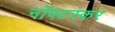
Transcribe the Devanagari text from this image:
नॉफ्टस्कर